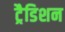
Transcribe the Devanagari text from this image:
ट्रैडिशन